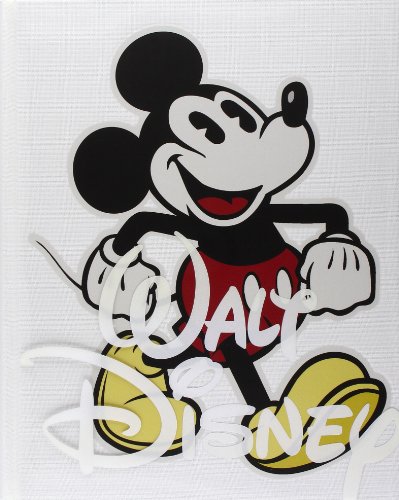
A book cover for The Art of Walt Disney: From Mickey Mouse to the Magic Kingdoms and Beyond; Christopher Finch; Humor & Entertainment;